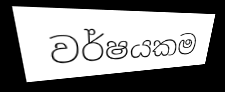
වර්ෂයකම